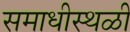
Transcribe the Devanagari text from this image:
समाधीस्थळी